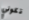
تكوني